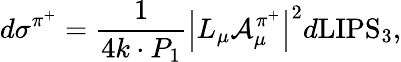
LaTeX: d\sigma^{\pi^{+}}=\frac{1}{4k\cdot P_{1}}\left|L_{\mu}{\cal A}_{\mu}^{\pi^{+}}\right|^{2}d\mathrm{LIPS}_{3},